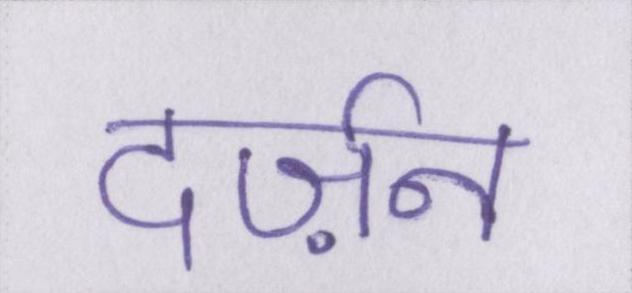
दर्ज़न